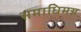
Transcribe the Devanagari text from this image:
समाधिमग्न